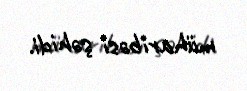
müharibəsi şəhidi.